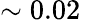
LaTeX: \sim 0.02\